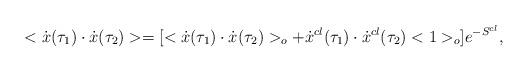
LaTeX: \begin{align*}<\dot{x}(\tau_1)\cdot\dot{x}(\tau_2)>=[<\dot{x}(\tau_1)\cdot\dot{x}(\tau_2)>_o+\dot{x}^{cl}(\tau_1)\cdot\dot{x}^{cl}(\tau_2)<1>_o]e^{-S^{cl}},\end{align*}